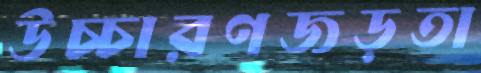
উচ্চারণজড়তা